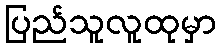
ပြည်သူလူထုမှာ